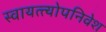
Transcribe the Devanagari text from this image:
स्वायत्त्योपनिवेश